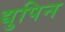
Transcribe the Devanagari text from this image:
द्युपिन